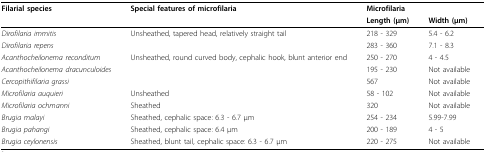
| Filarial species | Special features of microfilaria | <COLSPAN=2> Microfilaria |
 |  |  | Length (μm) | Width (μm) |
 | --- | --- | --- | --- |
 | Dirofilaria immitis | Unsheathed, tapered head, relatively straight tail | 218 - 329 | 5.4 - 6.2 |
 | Dirofilaria repens |  | 283 - 360 | 7.1 - 8.3 |
 | Acanthocheilonema reconditum | Unsheathed, round curved body, cephalic hook, blunt anterior end | 250 - 270 | 4 - 4.5 |
 | Acanthocheilonema dracunculoides |  | 195 - 230 | Not available |
 | Cercopithifilaria grassi |  | 567 | Not available |
 | Microfilaria auquieri | Unsheathed | 58 - 102 | Not available |
 | Microfilaria ochmanni | Sheathed | 320 | Not available |
 | Brugia malayi | Sheathed, cephalic space: 6.3 - 6.7 μm | 254 - 234 | 5.99-7.99 |
 | Brugia pahangi | Sheathed, cephalic space: 6.4 μm | 200 - 189 | 4 - 5 |
 | Brugia ceylonensis | Sheathed, blunt tail, cephalic space: 6.3 - 6.7 μm | 220 - 275 | Not available |